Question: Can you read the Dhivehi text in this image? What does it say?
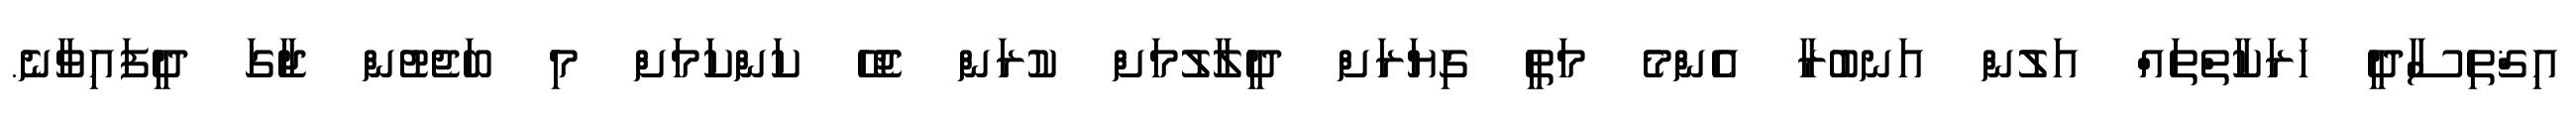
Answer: އިޤްތިސާދީ ހަރަކާތްތައް އަލުން އަނބުރާ އެންމެ މަތީ ގިޔަރަށް ދީލާލުމަށް ކުރަން ޖެހޭ ކަންކަމަށް މި ބަޖެޓުން ޖާގަ ދީފައިވާނެ.